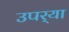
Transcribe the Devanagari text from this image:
उपर्‍या